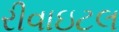
રીવાઇટલ